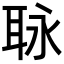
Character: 𦕟